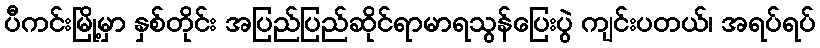
ပီကင်းမြို့မှာ နှစ်တိုင်း အပြည်ပြည်ဆိုင်ရာမာရသွန်ပြေးပွဲ ကျင်းပတယ်၊ အရပ်ရပ်